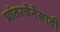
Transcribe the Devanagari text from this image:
प्रांतरचेनेसाठी